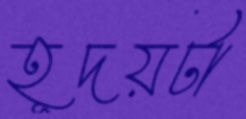
হূদয়টা